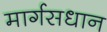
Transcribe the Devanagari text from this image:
मार्गसधान